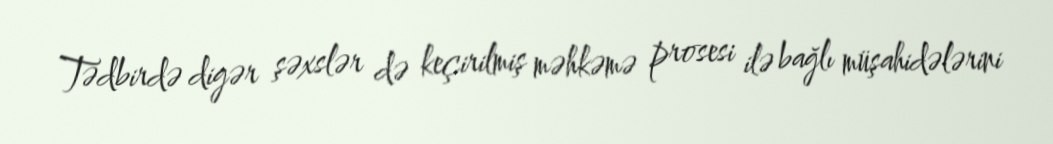
Tədbirdə digər şəxslər də keçirilmiş məhkəmə prosesi ilə bağlı müşahidələrini